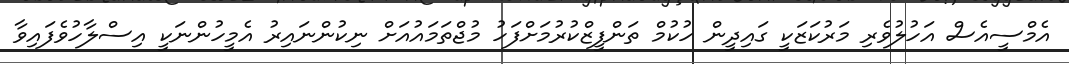
އެމްސީއެސް އަހުލުވެރި މަރުކަޒަކީ ގައިދީން ހުކުމް ތަންފީޒްކުރުމަށްފަހު މުޖްތަމައުއަށް ނިކުންނައިރު އެމީހުންނަކީ އިސްލާހުވެފައިވާ